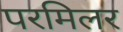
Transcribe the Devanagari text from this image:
परमिलर